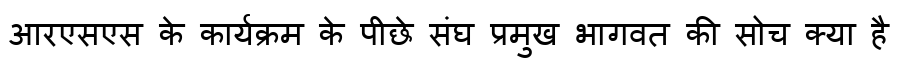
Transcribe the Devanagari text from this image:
आरएसएस के कार्यक्रम के पीछे संघ प्रमुख भागवत की सोच क्या है